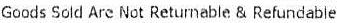
GOODS SOLD ARE NOT RETURNABLE & REFUNDABLE